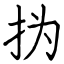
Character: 㧑